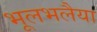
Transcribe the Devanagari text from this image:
भूलभलैया